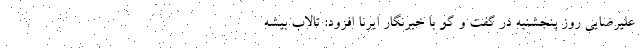
علیرضایی روز پنجشنبه در گفت و گو با خبرنگار ایرنا افزود: تالاب بیشه